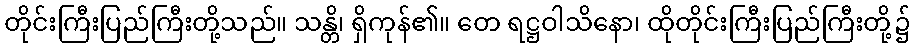
တိုင်းကြီးပြည်ကြီးတို့သည်။ သန္တိ၊ ရှိကုန်၏။ တေ ရဋ္ဌဝါသိနော၊ ထိုတိုင်းကြီးပြည်ကြီးတို့၌